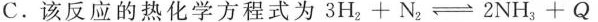
C.该反应的热化学方程式为$$3 H _ { 2 } + N _ { 2 } \rightleftharpoons 2 N H _ { 3 } + Q$$